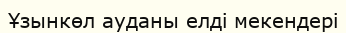
Ұзынкөл ауданы елді мекендері